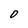
Character: 0